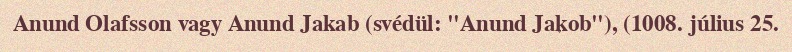
Anund Olafsson vagy Anund Jakab (svédül: "Anund Jakob"), (1008. július 25.